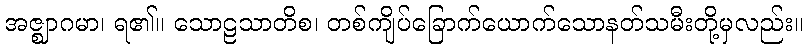
အဇ္ဈာဂမာ၊ ရ၏။ သောဠသာတိစ၊ တစ်ကျိပ်ခြောက်ယောက်သောနတ်သမီးတို့မှလည်း။